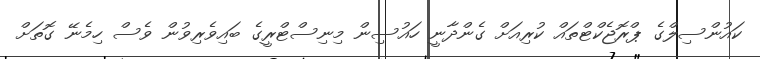
ކައުންސިލްގެ ޕްރޮޖެކްޓްތައް ކުރިއަށް ގެންދާނީ ހައުސިން މިނިސްޓްރީގެ ބައިވެރިވުން ވެސް ހިމެނޭ ގޮތަށް